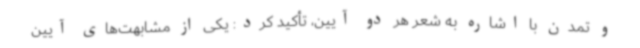
و تمدن با اشاره به شعر هر دو آیین، تأکید کرد: یکی از مشابهت‌های آیین